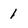
Character: 1